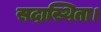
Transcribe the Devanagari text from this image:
सदास्थिता।